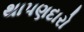
થાપણદારો